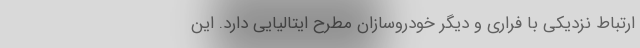
ارتباط نزدیکی با فراری و دیگر خودروسازان مطرح ایتالیایی دارد. این